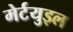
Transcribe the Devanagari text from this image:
मेर्टयुइल